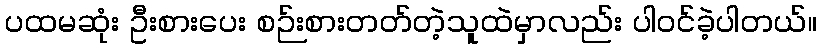
ပထမဆုံး ဦးစားပေး စဉ်းစားတတ်တဲ့သူထဲမှာလည်း ပါဝင်ခဲ့ပါတယ်။